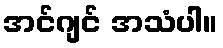
အင်ဂျင် အသံပါ။